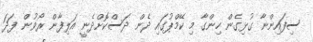
ސިފައިންނާ ގުޅިގެން ހިންގާ މި ކޭމްޕުގައި ދެން ދަސްކޮށްދެނީ އަލިފާން ރޯވުން ފަދަ